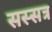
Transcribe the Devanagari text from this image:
सस्सत्र